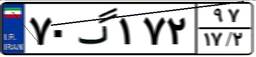
۷۰گ۱۷۲۹۷